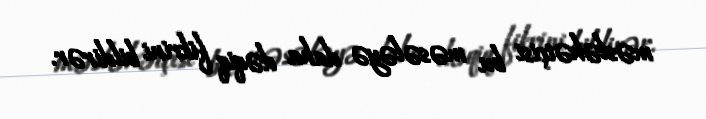
məsləhətçisi bu məsələyə daha dəqiq fikrini bildirər.